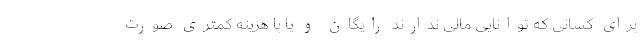
برای کسانی که توانایی مالی ندارند رایگان و یا با هزینه کمتری صورت